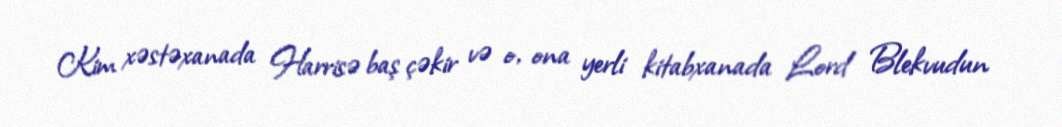
Kim xəstəxanada Harrisə baş çəkir və o, ona yerli kitabxanada Lord Blekvudun